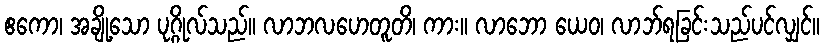
ဧကော၊ အချို့သော ပုဂ္ဂိုလ်သည်။ လာဘလဟေတူတိ၊ ကား။ လာဘော ယေဝ၊ လာဘ်ရခြင်းသည်ပင်လျှင်။